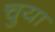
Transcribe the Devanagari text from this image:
चुया